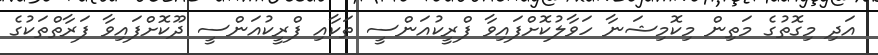
އަދި މިގޮތުގެ މަތިން މިކޮމިޝަނާ ހަވާލުކޮށްފައިވާ ފްރީކުއަންސީ ތަކާއި ފްރީކުއަންސީ ދޫކޮށްފައިވާ ފަރާތްތަކުގެ